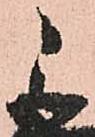
直